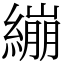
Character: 繃